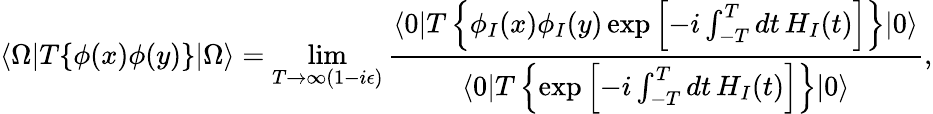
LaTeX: \langle\Omega|T\{ \phi(x)\phi(y)\} |\Omega\rangle=\operatorname*{lim}_{T\to\infty(1-i\epsilon)}{\frac{\langle 0|T\left\{ \phi_{I}(x)\phi_{I}(y)\exp\left[-i\int_{-T}^{T}dt\, H_{I}(t)\right]\right\} |0\rangle}{\langle 0|T\left\{ \exp\left[-i\int_{-T}^{T}dt\, H_{I}(t)\right]\right\} |0\rangle}},